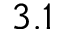
3 . 1